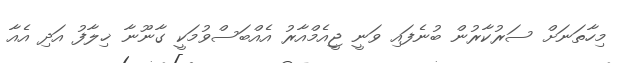
މިހާތަނަށް ސަރުކާރުން ބުނެފައި ވަނީ ޖީއެމްއާރު އެއްބަސްވުމަކީ ގާނޫނާ ޚިލާފު އަދި އެއާ